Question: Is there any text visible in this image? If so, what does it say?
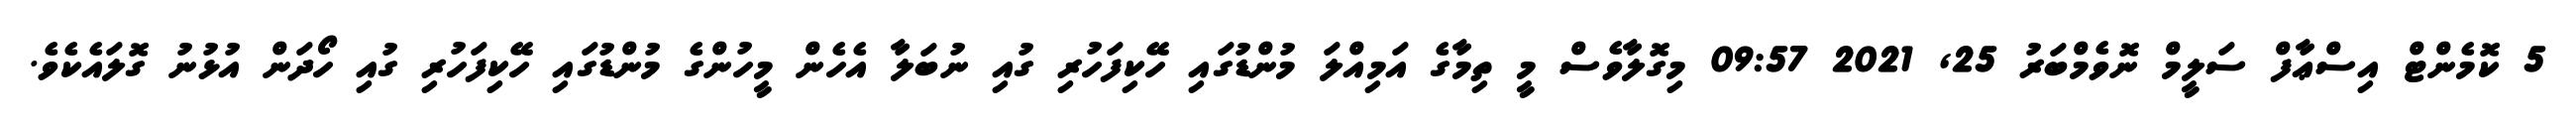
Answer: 5 ކޮމެންޓް އިސްޢާފް ސަލީމް ނޮވެމްބަރު 25, 2021 09:57 މިގޮލާވެސް މީ ތިމާގެ އަމިއްލަ މުންޑުގައި ހޭކިފަހުރި ގުއި ނުބަލާ އެހެން މީހުންގެ މުންޑުގައި ހޭކިފަހުރި ގުއި ހޯދަން އުޅުނު ގޮލައެކެވެ.